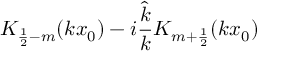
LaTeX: K _ { \frac 1 2 - m } ( k x _ { 0 } ) - i \frac { \hat { k } } { k } K _ { m + \frac 1 2 } ( k x _ { 0 } )